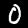
Digit: 0